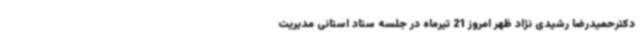
دکترحمیدرضا رشیدی نژاد ظهر امروز 21 تیرماه در جلسه ستاد استانی مدیریت